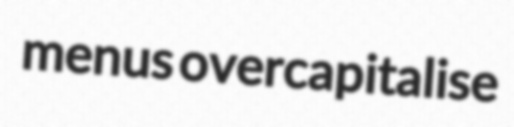
menus overcapitalise